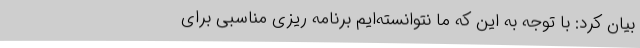
بیان کرد: با توجه به این که ما نتوانسته‌ایم برنامه ریزی مناسبی برای